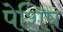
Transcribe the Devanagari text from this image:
पेशिष